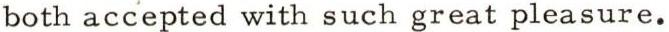
both accepted with such great pleasure.